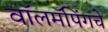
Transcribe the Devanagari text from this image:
वॉलमॅपिंगचे